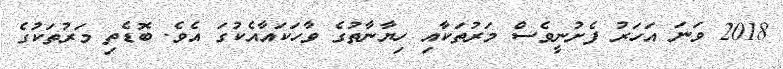
2018 ވަނަ އަހަރު ފެށުނީވެސް މަރުތަކާއި ހިޔާނާތުގެ ވާހަކައާއެކުގަ އެވެ. ބޮޑެތި މަރުތަކުގެ